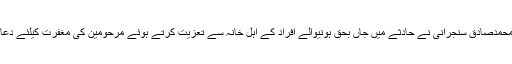
اتوار کومحمدصادق سنجرانی نے حادثے میں جاں بحق ہونیوالے افراد کے اہل خانہ سے تعزیت کرتے ہوئے مرحومین کی مغفرت کیلئے دعا کی ہے۔